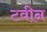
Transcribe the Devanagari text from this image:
टवीन